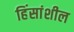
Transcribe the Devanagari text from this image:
हिंसांशील